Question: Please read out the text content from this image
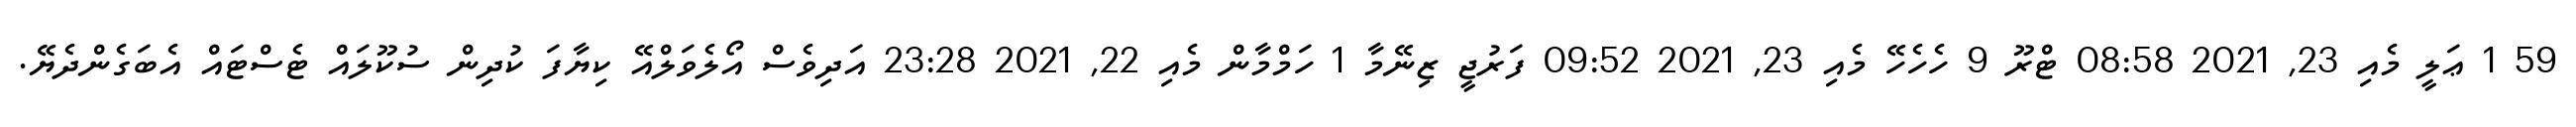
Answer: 59 1 ޢަލީ މެއި 23, 2021 08:58 ޓްރޫ 9 ހެހެހޭ މެއި 23, 2021 09:52 ފަރުޖީ ޒިނޭމާ 1 ހަމްމާން މެއި 22, 2021 23:28 އަދިވެސް އޯލެވަލްއޭ ކިޔާފަ ކުދިން ސުކޫލައް ޓެސްޓައް އެބަގެންދެޔޭ.